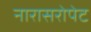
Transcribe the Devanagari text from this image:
नारासरोपेट